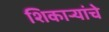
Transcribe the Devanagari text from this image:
शिकार्‍यांचे